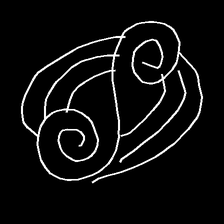
Glyph: wind-underfoot